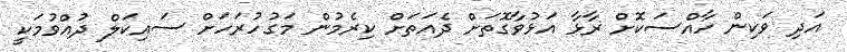
އަދި ވަކިން ހާއްސަކޮށް ރާޅާ އަޅުވާގޮތަށް ދެއަތަށް ކިރެމުން މަގުހުރަހަށް ސައިކަލް ދުއްވުމަކީ